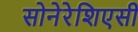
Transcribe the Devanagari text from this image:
सोनेरेशिएसी